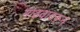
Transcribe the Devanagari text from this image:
गाढवावरून